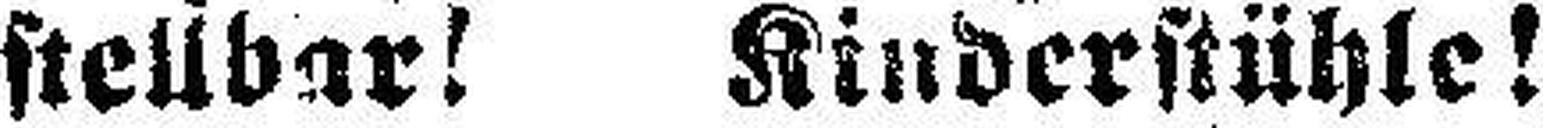
stellbar! Kinderstühle!